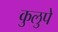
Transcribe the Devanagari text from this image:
कुलुपे